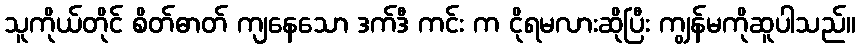
သူကိုယ်တိုင် စိတ်ဓာတ် ကျနေသော ဒက်ဒီ ကင်း က ငိုရမလားဆိုပြီး ကျွန်မကိုဆူပါသည်။